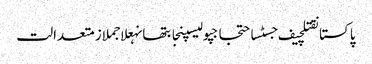
پاکستانقتلچیف جسٹساحتجاجپولیسپنجابتھانہعلاجملازمتعدالت